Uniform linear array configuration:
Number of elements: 8
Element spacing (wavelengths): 0.25
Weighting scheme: cosine
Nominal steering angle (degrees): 30
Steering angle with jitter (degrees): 28.44
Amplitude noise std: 0.05
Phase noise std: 0.05

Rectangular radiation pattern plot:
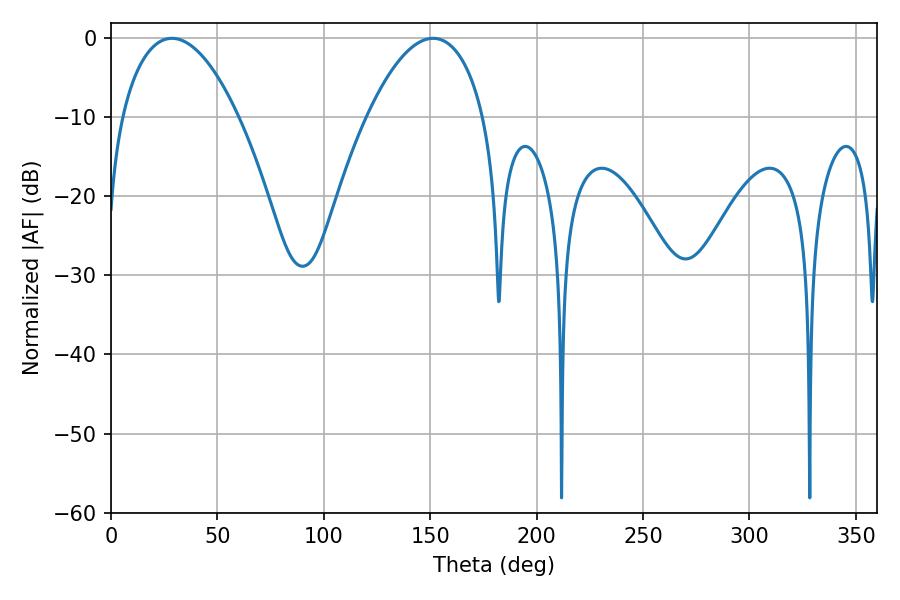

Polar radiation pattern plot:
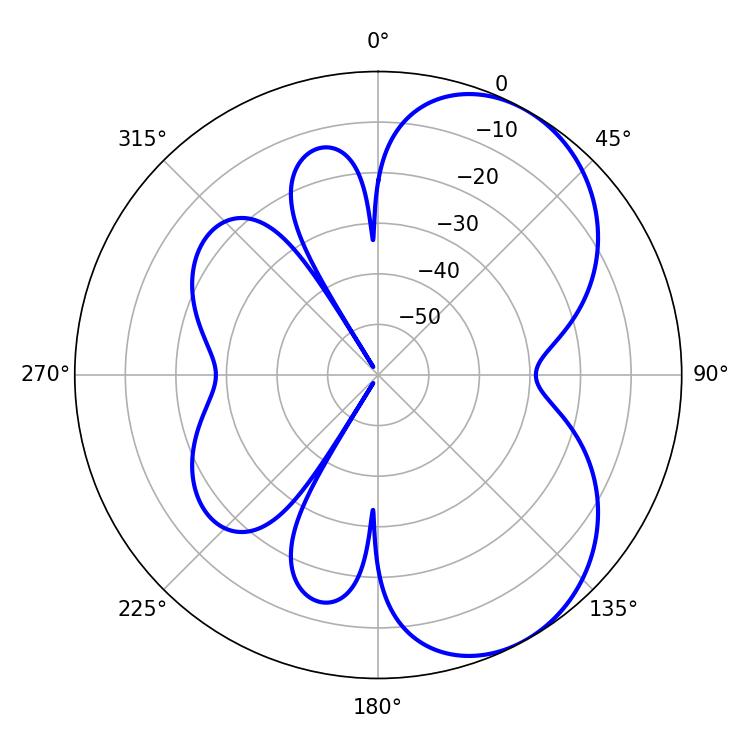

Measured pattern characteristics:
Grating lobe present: FALSE
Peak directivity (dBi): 5.614
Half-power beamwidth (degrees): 30.6
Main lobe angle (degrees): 28.62